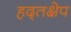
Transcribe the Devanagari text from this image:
हद्तक्षेप